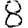
Digit: 8